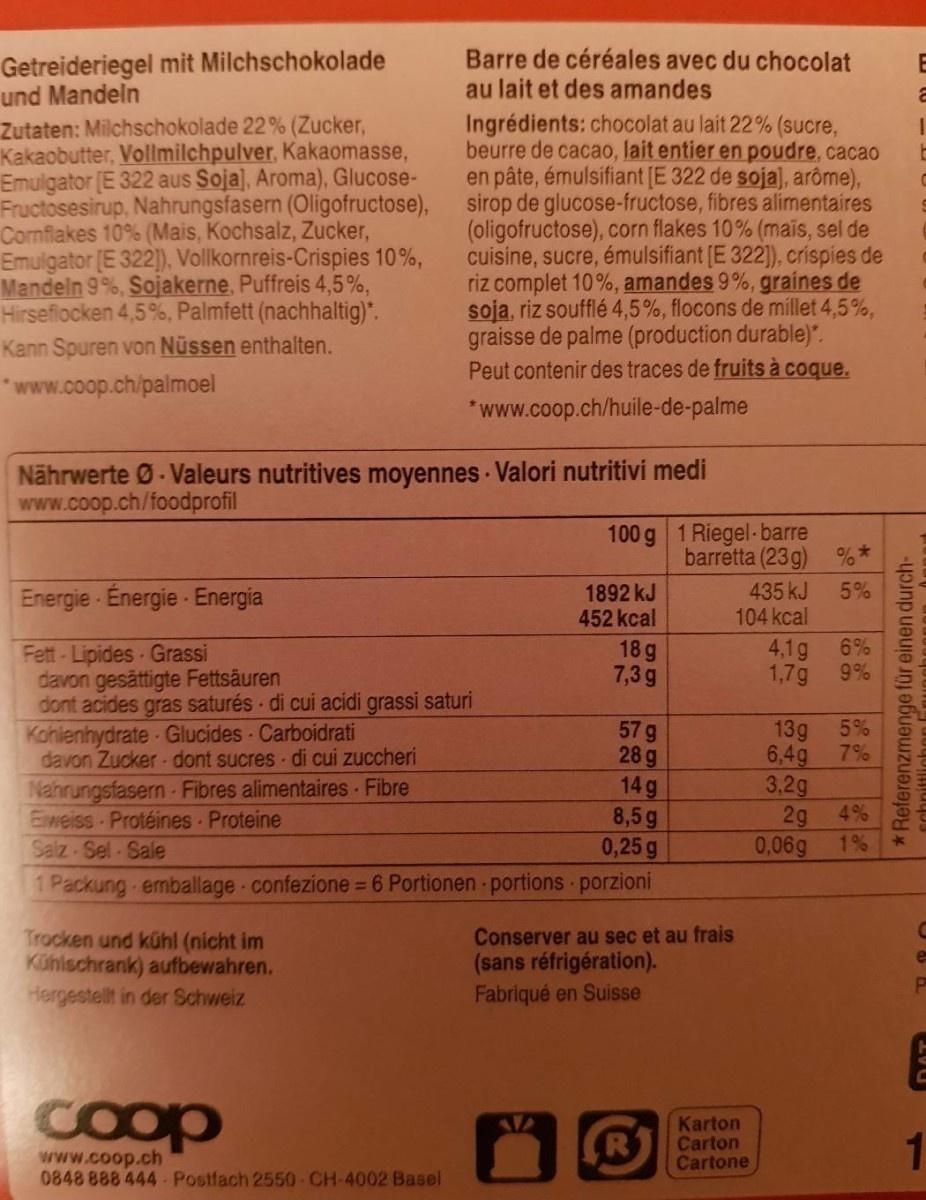
Getreideriegel mit Milchschokolade und Mandeln Zutaten: Milchschokolade 22% (Zucker, Kakaobutter, Vollmilchpulver, Kakaomasse, Emulgator [E 322 aus Soja), Aroma), Glucose- Fructosesirup, Nahrungsfasern (Oligofructose), Comflakes 10% (Mais, Kochsalz, Zucker, Emulgator (E 322), Vollkornreis-Crispies 10%, Mandeln 9%, Sojakerne, Puffreis 4,5%, Hirseflocken 4,5%, Palmfett (nachhaltig)*. Kann Spuren von Nüssen enthalten.
Barre de céréales avec du chocolat au lait et des amandes
Ingrédients: chocolat au lait 22% (sucre, beurre de cacao, lait entier en poudre, cacao en pâte, émulsifiant [E 322 de soja), arôme), sirop de glucose-fructose, fibres alimentaires (oligofructose), corn flakes 10% (mais, sel de cuisine, sucre, émulsifiant [E 322]), crispies de riz complet 10%, amandes 9%, graines de soja, riz soufflé 4,5%, flocons de millet 4,5%, graisse de palme (production durable)". Peut contenir des traces de fruits à coque.
www.coop.ch/palmoel
*www.coop.ch/huile-de-palme
Nährwerte Ø- Valeurs nutritives moyennes Valori nutritivi medi www.coop.ch/foodprofil
100 g 1 Riegel-barre barretta (23 g) %*
435 kJ 104 kcal
5%
Energie Energie Energia
1892 kJ 452 kcal
6% 9%
Fett-Lipides Grassi davon gesättigte Fettsäuren dont acides gras saturés di cui acidi grassi saturi Kohlenhydrate Glucides Carboidrati davon Zucker- dont sucres di cui zuccheri Nahrungsfasern-Fibres alimentaires Fibre Eweiss Protéines Proteine Salz Sel-Sale 1 Packung emballage confezione =6 Portionen portions porzioni
18 g 7,3g
4,1g 1,7g
57 g 28 g 14 g 8,5g 0,25g
13g 6,4g 3,2g 2g 4% 1%
5% 7%6
0,06g
Trocken und kühl (nicht im Künischrank) aufbewahren. Hergestellt in der Schweiz
Conserver au sec et au frais (sans réfrigération). Fabriqué en Suisse
Coop
R
Karton Carton Cartone
www.coop.ch 0848 888 444 Postfach 2550 CH-4002 Basel
266GO
*Referenzmenge für einen durch-